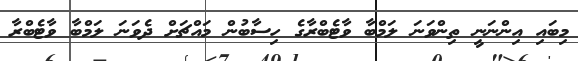
މިބައި އިންނަނީ ތިންވަނަ ލަމްބާ ވާޓެބްރާގެ ހިސާބުން މައްޗަށް ދެވަނަ ލަމްބާ ވާޓެބްރާ